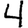
Digit: 4